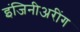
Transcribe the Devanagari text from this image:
इंजिनीअरींग